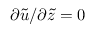
\partial \tilde { u } / \partial \tilde { z } = 0